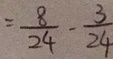
= \frac { 8 } { 2 4 } - \frac { 3 } { 2 4 }